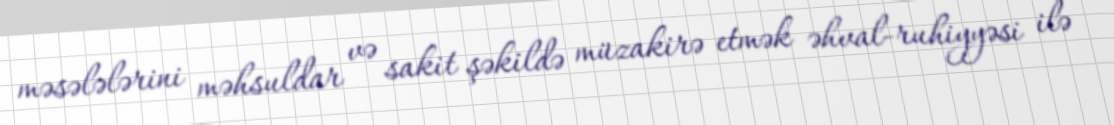
məsələlərini məhsuldar və sakit şəkildə müzakirə etmək əhval-ruhiyyəsi ilə